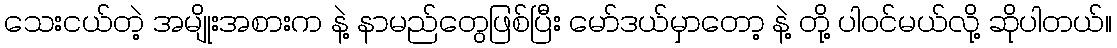
သေးငယ်တဲ့ အမျိုးအစားက နဲ့ နာမည်တွေဖြစ်ပြီး မော်ဒယ်မှာတော့ နဲ့ တို့ ပါဝင်မယ်လို့ ဆိုပါတယ်။